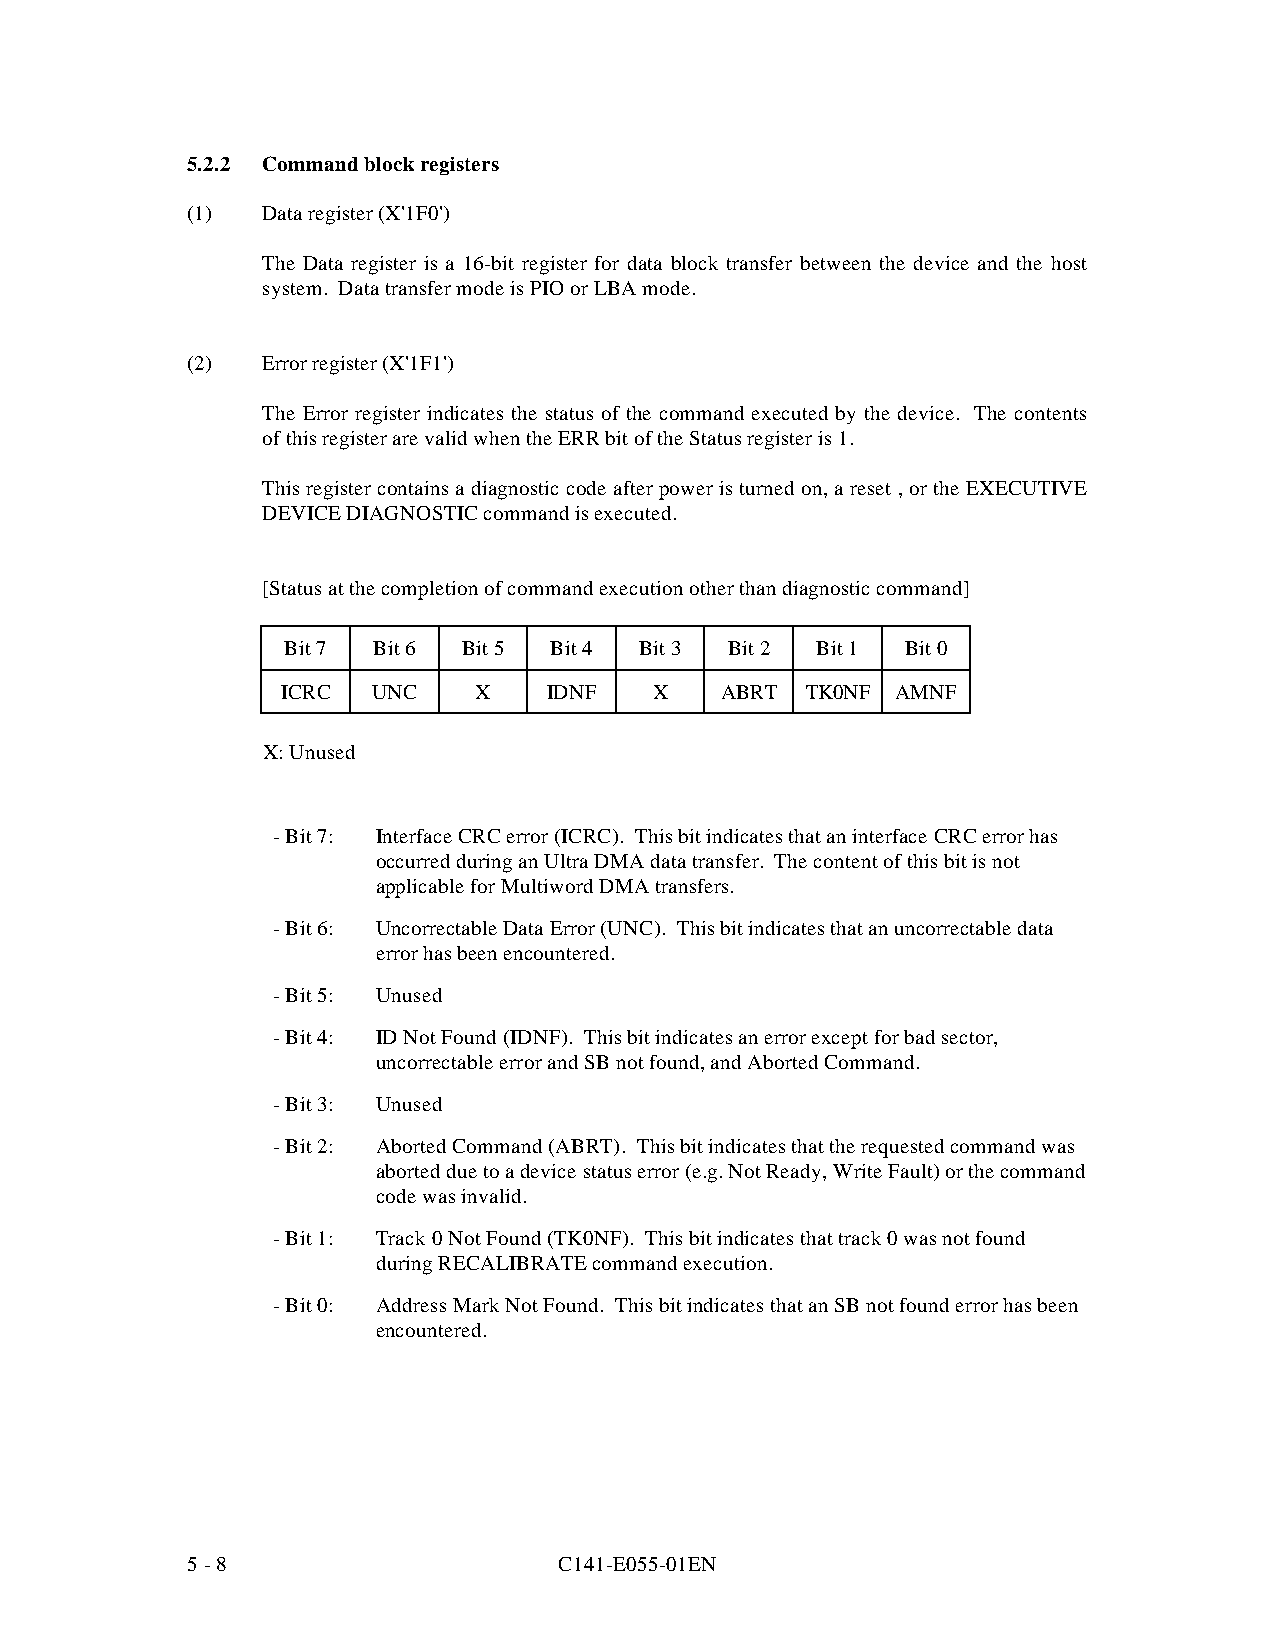
5.2.2 Command block registers
 (1)  Data register (X'1F0')
 The Data register is a 16-bit register for data block transfer between the device and the host
 system. Data transfer mode is PIO or LBA mode.
 (2)  Error register (X'1F1')
 The Error register indicates the status of the command executed by the device. The contents
 of this register are valid when the ERR bit of the Status register is 1.
 This register contains a diagnostic code after power is turned on, a reset , or the EXECUTIVE
 DEVICE DIAGNOSTIC command is executed.
 [Status at the completion of command execution other than diagnostic command]
 Bit 7 Bit 6 Bit 5 Bit 4 Bit 3 Bit 2 Bit 1 Bit 0
 ICRC  UNC   X    IDNF   X    ABRT TK0NF AMNF
 X: Unused
 - Bit 7: Interface CRC error (ICRC). This bit indicates that an interface CRC error has
 occurred during an Ultra DMA data transfer. The content of this bit is not
 applicable for Multiword DMA transfers.
 - Bit 6: Uncorrectable Data Error (UNC). This bit indicates that an uncorrectable data
 error has been encountered.
 - Bit 5: Unused
 - Bit 4: ID Not Found (IDNF). This bit indicates an error except for bad sector,
 uncorrectable error and SB not found, and Aborted Command.
 - Bit 3: Unused
 - Bit 2: Aborted Command (ABRT). This bit indicates that the requested command was
 aborted due to a device status error (e.g. Not Ready, Write Fault) or the command
 code was invalid.
 - Bit 1: Track 0 Not Found (TK0NF). This bit indicates that track 0 was not found
 during RECALIBRATE command execution.
 - Bit 0: Address Mark Not Found. This bit indicates that an SB not found error has been
 encountered.
 5 - 8                    C141-E055-01EN